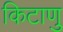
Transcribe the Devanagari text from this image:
किटाणु